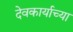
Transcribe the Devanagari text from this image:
देवकार्याच्या